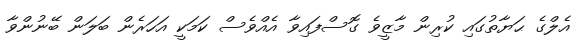
އެލްގެ ޙަޔާތުގައި ކުރިން މާޒީވެ ގޮސްފައިވާ އެއްވެސް ކަމަކީ އަހަރެން ބަލަން ބޭނުންވާ